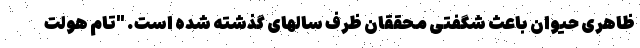
ظاهری حیوان باعث شگفتی محققان ظرف سالهای گذشته شده است. "تام هولت